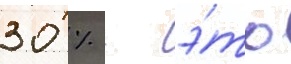
30 % - э́то